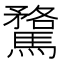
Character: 𮪘